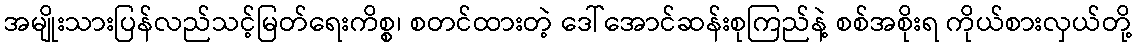
အမျိုးသားပြန်လည်သင့်မြတ်ရေးကိစ္စ၊ စတင်ထားတဲ့ ဒေါ်အောင်ဆန်းစုကြည်နဲ့ စစ်အစိုးရ ကိုယ်စားလှယ်တို့